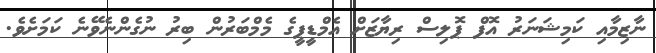
ނާޒިމާއި ކަމިޝަނަރު އޮފް ޕޮލިސް ރިޔާޒަށް އެމްޑީޕީގެ މެމްބަރުން ބިރު ނުގެންނެވޭނެ ކަމަށެވެ.